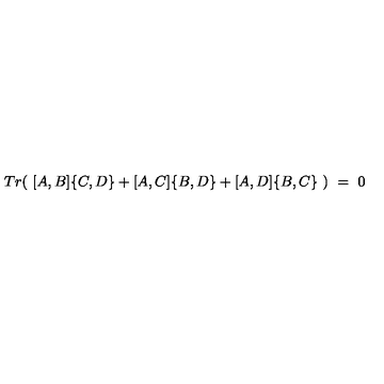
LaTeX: T r ( \ [ A , B ] \{ C , D \} + [ A , C ] \{ B , D \} + [ A , D ] \{ B , C \} \ ) \ = \ 0